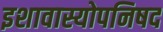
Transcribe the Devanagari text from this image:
इशावास्योपनिषद